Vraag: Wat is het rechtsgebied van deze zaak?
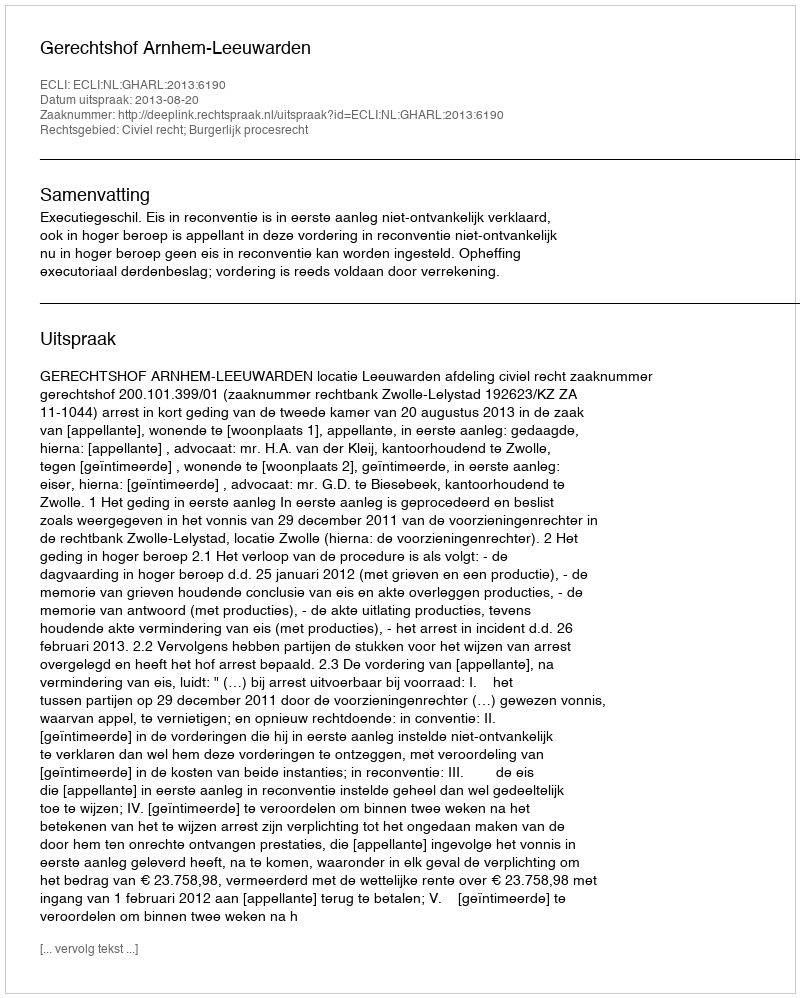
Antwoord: Civiel recht; Burgerlijk procesrecht